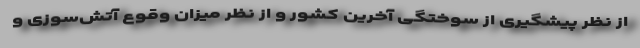
از نظر پیشگیری از سوختگی آخرین کشور و از نظر میزان وقوع آتش‌سوزی و